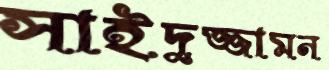
সাইদুজ্জামন